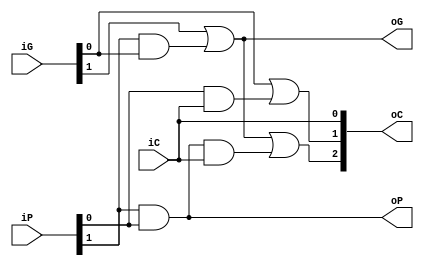
module SUB_CLA_2(
    iG,
    iP,
    iC,
    oG,
    oP,
    oC
);

input   [1:0]   iG, iP;
input           iC;

output          oG  , oP;
output  [2:0]   oC;

assign  oC[0] = iC;
assign  oC[1] = iG[0] | (iP[0] & oC[0]);

assign  oG = iG[1] | (iP[1] & iG[0]);
assign  oP = iP[1] & iP[0];

assign  oC[2] = oG | (oP & oC[0]);

endmodule